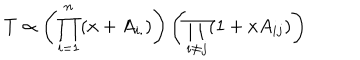
LaTeX: T \propto \left( \prod _ { i = 1 } ^ { n } ( x + A _ { i . } ) \right) \left( \prod _ { i \ne j } ( 1 + x A _ { i j } ) \right)